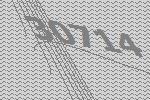
30714